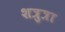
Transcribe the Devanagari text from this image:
शत्रुत्रा